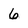
Character: 6